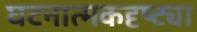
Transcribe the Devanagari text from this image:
घटनात्मकदृष्ट्या